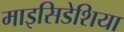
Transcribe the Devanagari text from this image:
माइसिडेशिया